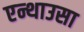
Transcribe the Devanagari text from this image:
एन्थाउसा